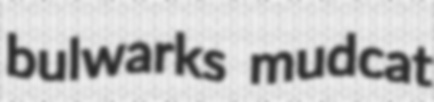
bulwarks mudcat